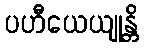
ပဟီယေယျုန္တိ